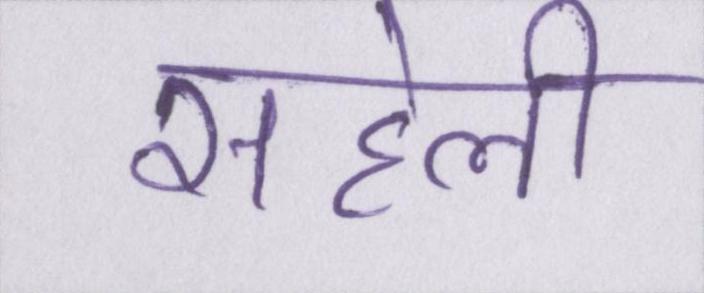
सहेली